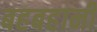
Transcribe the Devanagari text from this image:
बहबहानी